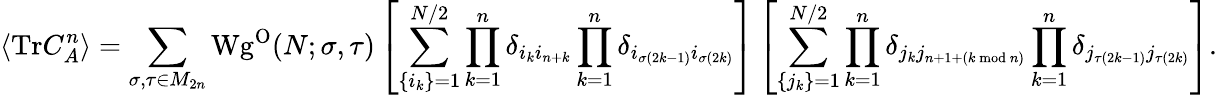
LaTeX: \langle\mathrm{Tr}C_{A}^{n}\rangle=\sum_{\sigma,\tau\in M_{2n}}\mathrm{Wg}^{\mathrm{O}}(N;\sigma,\tau)\left[\sum_{\lbrace i_{k}\rbrace=1}^{N/2}\prod_{k=1}^{n}\delta_{i_{k}i_{n+k}}\prod_{k=1}^{n}\delta_{i_{\sigma(2k-1)}i_{\sigma(2k)}}\right]\left[\sum_{\lbrace j_{k}\rbrace=1}^{N/2}\prod_{k=1}^{n}\delta_{j_{k}j_{n+1+(k\bmod n)}}\prod_{k=1}^{n}\delta_{j_{\tau(2k-1)}j_{\tau(2k)}}\right].